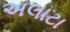
અલાટા